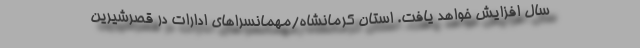
سال افزایش خواهد یافت. استان کرمانشاه/مهمانسراهای ادارات در قصرشیرین